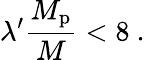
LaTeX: \lambda^{\prime}\frac{M_{\mathrm{p}}}{M}<8\ .